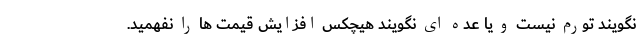
نگویند تورم نیست و یا عده ای نگویند هیچکس افزایش قیمت ها را نفهمید.